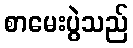
စာမေးပွဲသည်